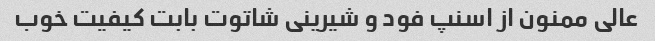
عالی ممنون از اسنپ فود و شیرینی شاتوت بابت کیفیت خوب